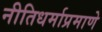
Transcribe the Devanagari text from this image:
नीतिधर्माप्रमाणे